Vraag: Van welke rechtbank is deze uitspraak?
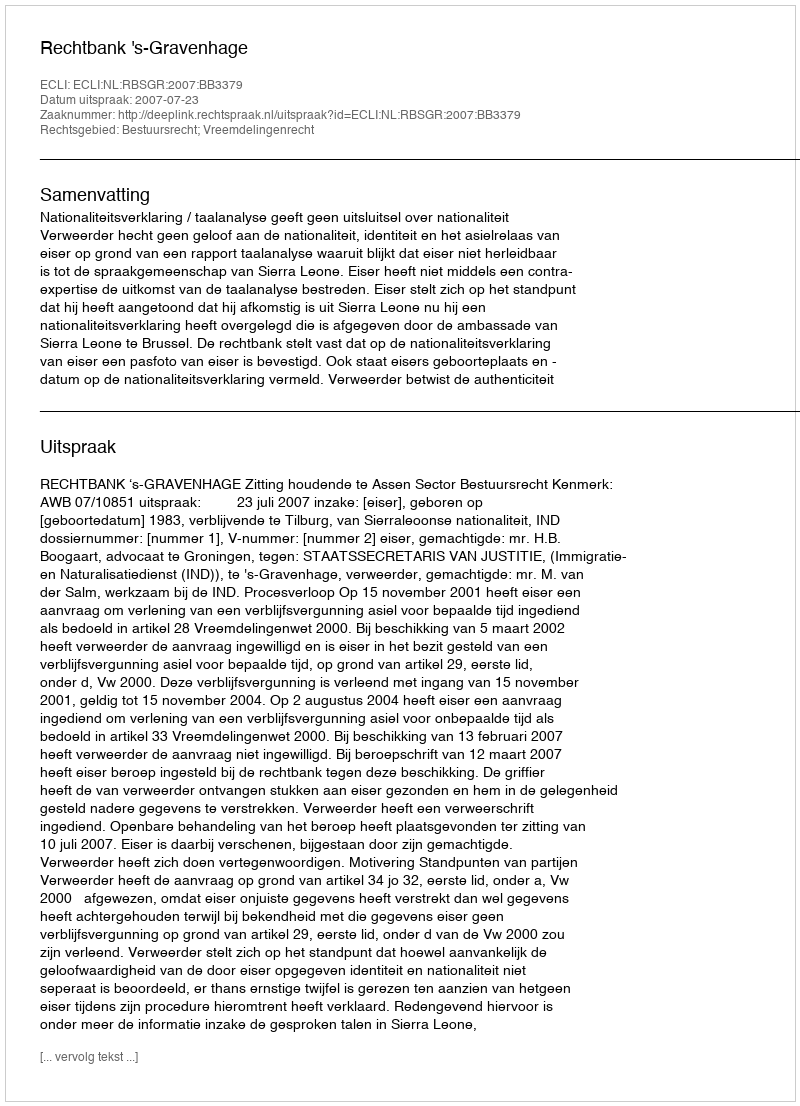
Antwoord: Rechtbank 's-Gravenhage